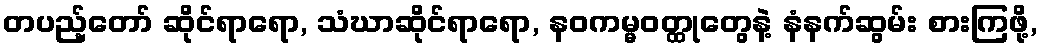
တပည့်တော် ဆိုင်ရာရော, သံဃာဆိုင်ရာရော, နဝကမ္မဝတ္ထုတွေနဲ့ နံနက်ဆွမ်း စားကြဖို့,